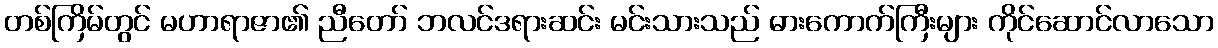
တစ်ကြိမ်တွင် မဟာရာဇာ၏ ညီတော် ဘလင်ဒရားဆင်း မင်းသားသည် ဓားကောက်ကြီးများ ကိုင်ဆောင်လာသော